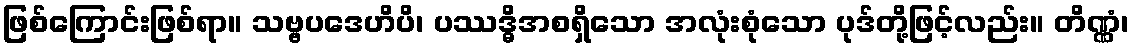
ဖြစ်ကြောင်းဖြစ်ရာ။ သဗ္ဗပဒေဟိပိ၊ ပဿဒ္ဓိအစရှိသော အလုံးစုံသော ပုဒ်တို့ဖြင့်လည်း။ တိဏ္ဏံ၊